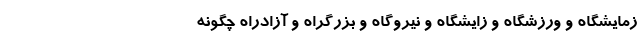
زمایشگاه و ورزشگاه و زایشگاه و نیروگاه و بزرگراه و آزاد‌راه چگونه